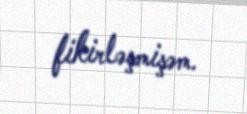
fikirləşmişəm.